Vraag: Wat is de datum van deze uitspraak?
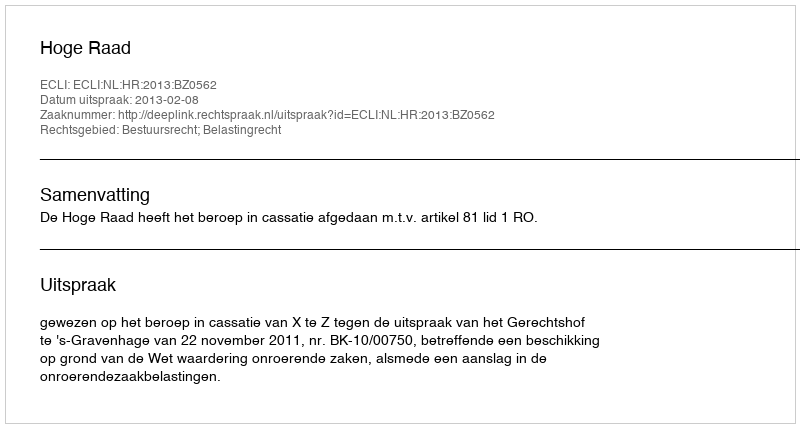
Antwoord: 2013-02-08